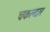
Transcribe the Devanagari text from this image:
चकल्दार